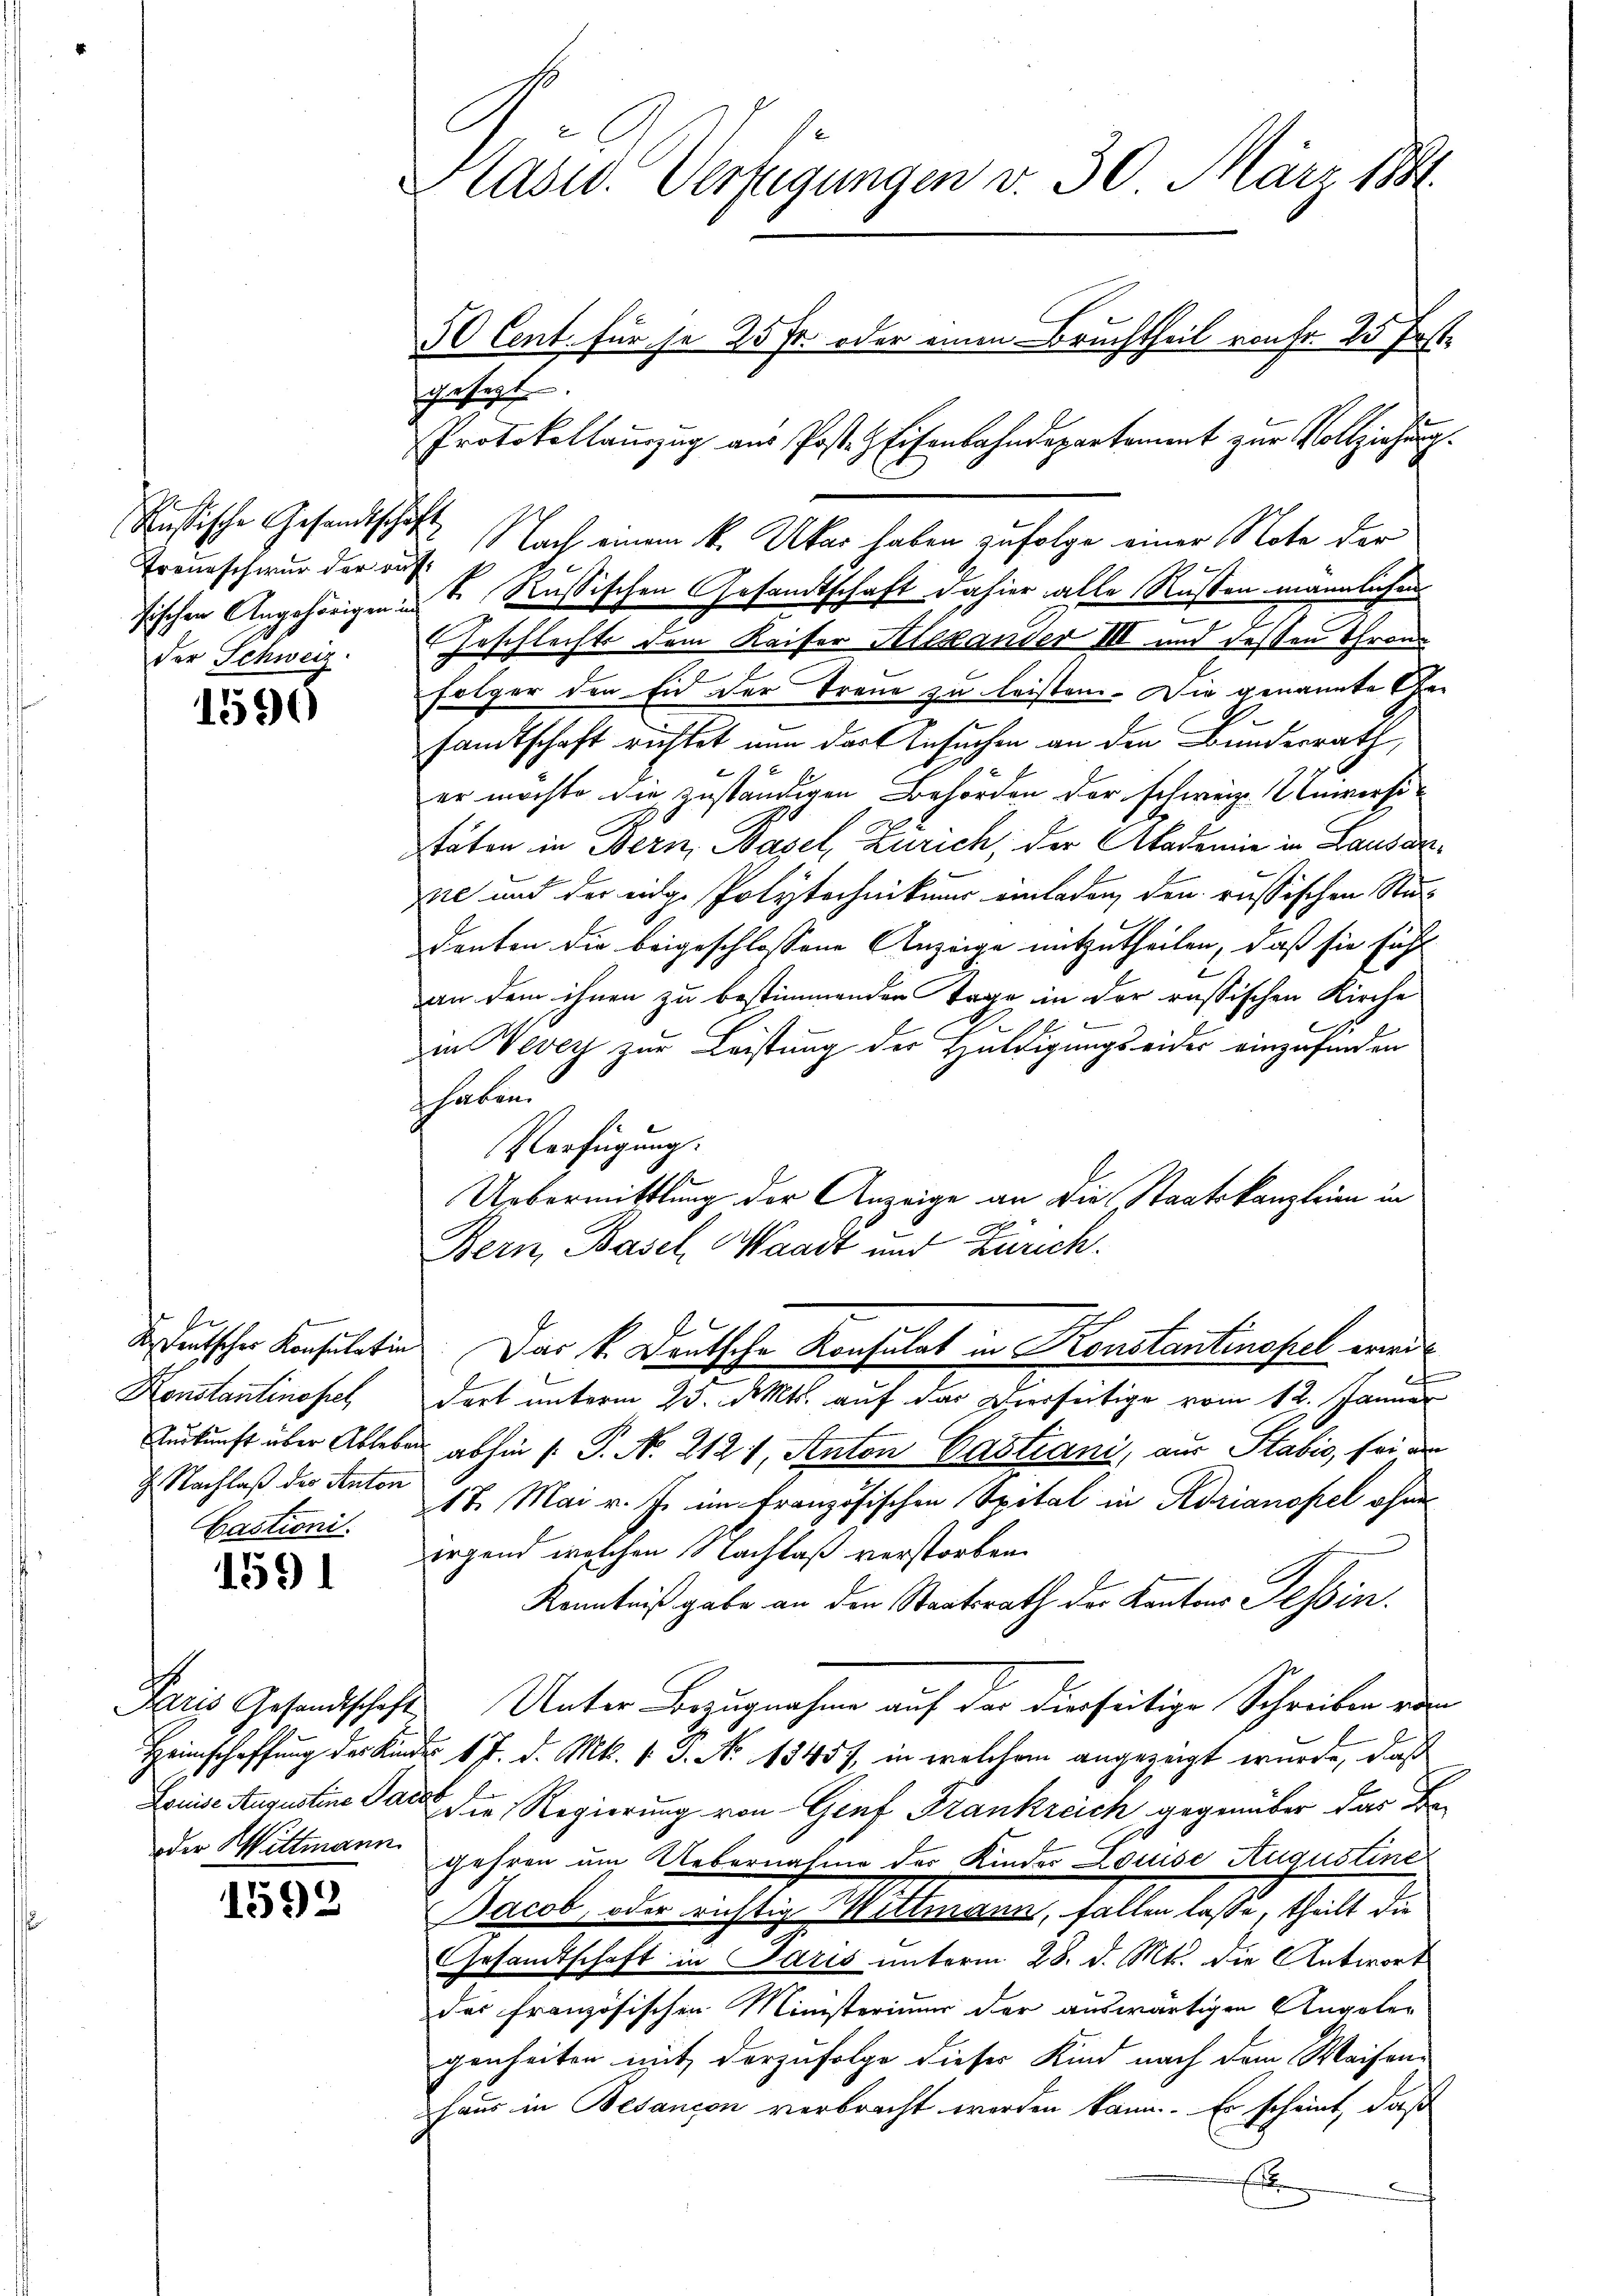
Russische Gesandtschäft
der Schweiz.

1590

J. Nachlaß des Anton

1591

oder Wittmann

1599

Pläne Verfügungen v. 30. März 184
50 Cent. für se 25 Fr. oder einen Bruchtheil von Fr. 25 frst.
gesagt
Protokollauszug aus Posten Eisenbahndepartement zur Vollziehung.

Treueschwur der auf. Nach einem k. Ukar haben zufolge einer Note der
ösischen Angehörigen in Russischen Gesandtschaft dahier alle Rußten männlichen
Geschlechte dem Kaiser Alexander III und dessen Throne
folger den Eid der Treue zu leisten. Die genannte Gesandtschaft richtet nun der Ansuchen an den Bunderrath,
er möchte die zuständigen Behörden der schweiz. Unversistäten in Bern, Basel, Zürich, der Akademie in Lausarne und der eidge Polytechnikum einladen, den russischen Studenten die beigeschlossene Anzeige mitzutheilen, daß sie fühl
an dem ihnen zu bestimmenden Tage in der russischen Kirche
.
in Vevey zur Leistung der Huldigungseider einzufinden
haben.
Verfügung.
Uebermittlung der Anzeige an die Staatskanzleien in
Bern, Basel, Waadt und Zürich.
bedeutscher Konsulation. Das k. Deutsche Konsulat in Konstantinopel wiede
e
Konstantinopel dort unterm 23. Mts. auf das Vierseitige vom 12. Januar
Zurkunft über Ableben abhin (: P. No. 2121, Anton Castiani, aus Stabić, sei an
Castroni. 218. Mai v. J. im französischen Spital in Adrianopel ohne
irgend welchen Nachlaß verstorben.
Kenntniß gabe an den Staatsrath der Kantons Tessin.
Paris Gesandtschaft Unter Bezugnahme auf der dierseitige Schreiben von
Heimschaffung des Kindes 17. d. Mts. v. P. Nr. 13457, in welchem angezeigt wurde, daß
Louise Augustine Sache, die Regierung von Genf Frankreich gegenüber das Begehren um Uebernahme der Kinder Louise Augustine
Jacob, oder richtig Wittmann, fallen lasse, theilt die
Gesandtschaft in Paris unterm 28. d. Mts. die Antwort
des französischen Ministeriums der auswärtigen Angeler
genheiten mit derzufolge dieser Kind nach dem Waisen¬
Haus in Besancen verbracht werden kann. Er scheint, daß
x
x